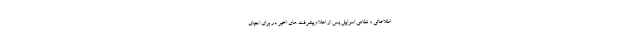
اطلاعاتی و نظامی اسراییل پس از اعلام پیشرفت های اخیر در برای احیای